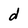
Character: d